Report on lock hospitals in British Burma
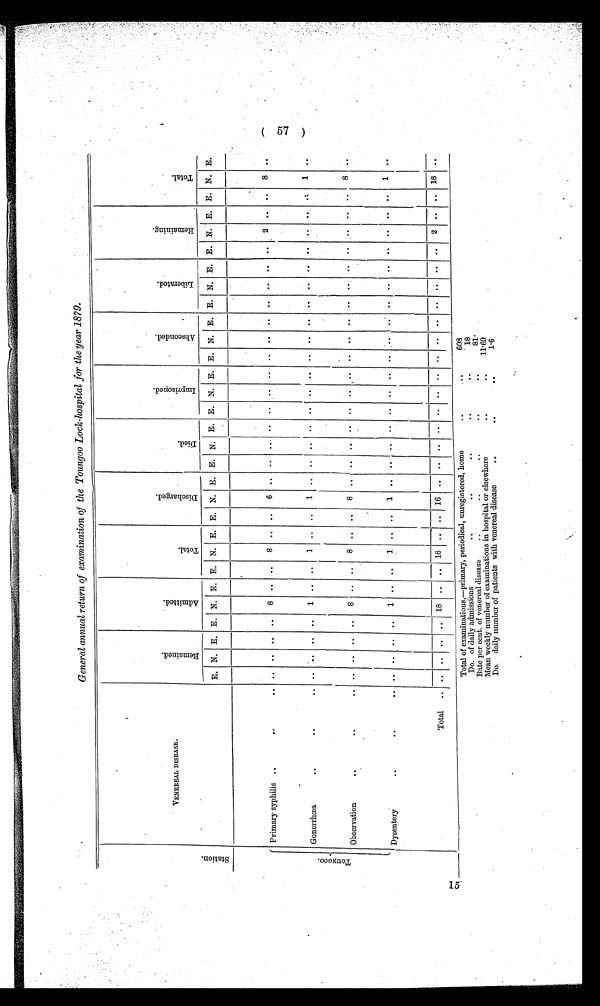
General annual return of examination of the Toungoo Lock-hospital for the year 1879.
S t a t i o n .
VENEREAL DISEASE.
R e m a i n e d .
A d m i t t e d .
T o t a l .
D i s c h a r g e d .
D i e d
I m p r i s o n e d .
A b s c o n d e d .
L i b e r a t e d .
R e m a i n i n g .
T o t a l .
E..
N. E. E. N. E. E. N. E. E. N. E. E. N. E. E. N. E. E. N. E E
N. E. E. N. E. E.. N.. E . .
T O U N G O O .
Primary syphilis ..
.. ..
.. .. ..
. . 8 .. ..
8 .. ..
6 .. .. .. ..
. .
. .
. .
. . . .
. .
. .
. . . .
. .
2 . .
. . 8
. .
Gonorrhoea .. ..
.. .. ..
. . 1 .. ..
1 .. ..
1 .. .. .. ..
. .
. .
. .
. . . .
. .
. .
. . . .
. .
. . . .
. . 1
. .
Observation..
.. ..
.. .. ..
. . 8 .. ..
8 .. .. 8 .. .. .. .. .. ..
. . .. .. .. ..
. . . .
. .
. . ..
. . 8 ..
Dysentery
..
.. ..
.. .. ..
. .
1 .. ..
1 .. ..
1 .. .. .. ..
. . . .
. .
. . . .
. .
. .
. . . .
. .
. . . .
. . 1
. .
Total ... .. .. .. .. 18 .. .. 18 .. ..
1 6 .. .. .. ..
. . . .
. .
. . . .
. .
. .
. . . .
. .
2 . .
. . 1 8
. .
Total of examinations,—primary, periodical, unregistered, home
..
..
608
D . .
of daily admissions
• •
..
. .
...
18
Rate per cent. of venereal disease .. .. ..
..
8 1 .
Mean weekly number of examinations in hospital or elsewhere
.. .
. .
1 1 . 6 9
Do. daily number of patients with venereal disease
..
. .
..
1.6
5t